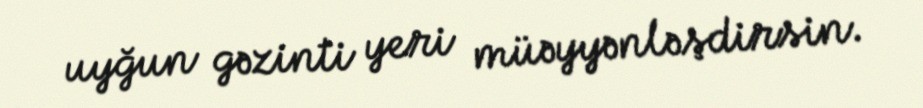
uyğun gəzinti yeri müəyyənləşdirsin.